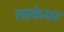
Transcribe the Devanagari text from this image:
लाकेयर